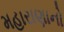
મહારાણાનો